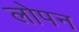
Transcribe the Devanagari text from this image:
लोपन